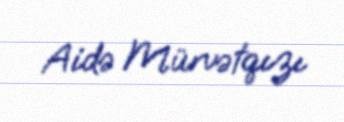
Aidə Mürvətqızı